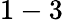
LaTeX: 1-3